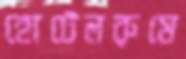
হোটেলরুমে